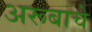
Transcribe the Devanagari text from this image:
अरूबाचे